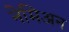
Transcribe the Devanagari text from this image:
नेमिअन